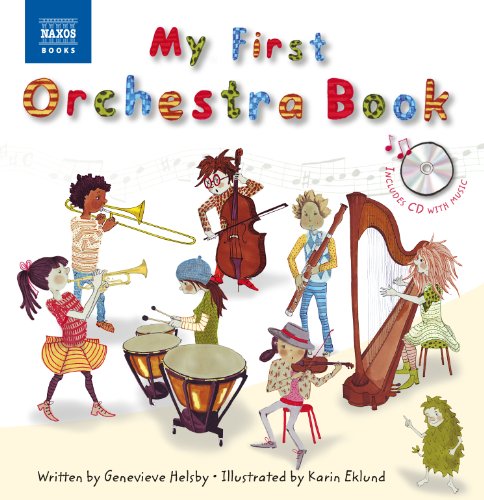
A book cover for My First Orchestra Book; Children's Books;